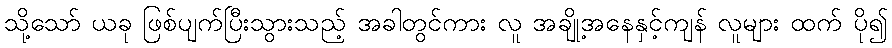
သို့သော် ယခု ဖြစ်ပျက်ပြီးသွားသည့် အခါတွင်ကား လူ အချို့အနေနှင့်ကျန် လူများ ထက် ပို၍